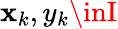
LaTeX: \mathbf{x}_{k},y_{k}\inI